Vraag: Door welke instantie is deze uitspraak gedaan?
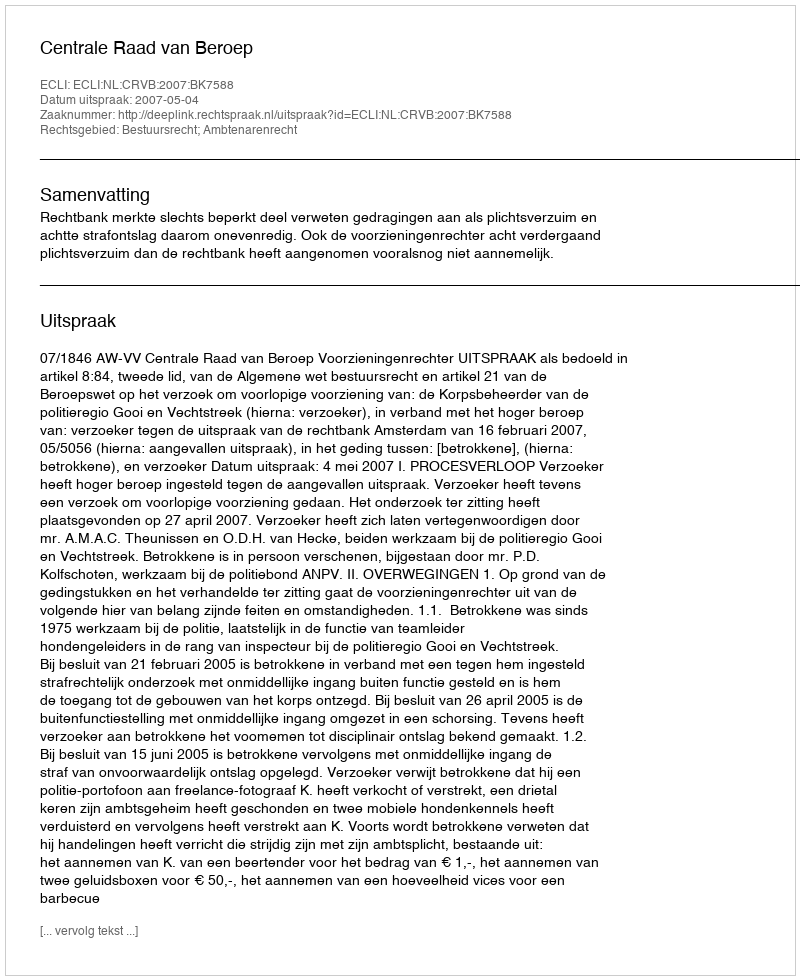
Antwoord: Centrale Raad van Beroep